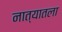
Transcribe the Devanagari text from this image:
नात्यातला